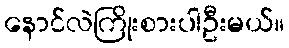
နောင်လဲကြိုးစားပါဦးမယ်။